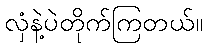
လှံနဲ့ပဲတိုက်ကြတယ်။